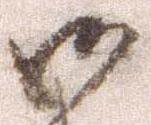
御